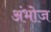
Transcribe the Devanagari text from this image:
अंभोज